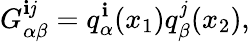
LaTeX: G_{\alpha\beta}^{\mathbf{i}\mathit{j}}=q_{\alpha}^{\mathbf{i}}(x_{1})q_{\beta}^{\mathit{j}}(x_{2}),